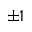
\pm 1